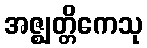
အဇ္ဈတ္တိကေသု